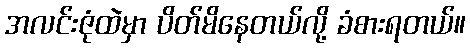
အလင်းဇုံထဲမှာ ပိတ်မိနေတယ်လို့ ခံစားရတယ်။